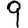
Digit: 9